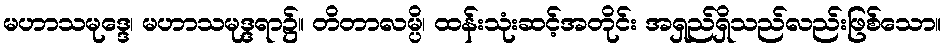
မဟာသမုဒ္ဒေ၊ မဟာသမုဒ္ဒရာ၌။ တိတာလမ္ပိ၊ ထန်းသုံးဆင့်အတိုင်း အရှည်ရှိသည်လည်းဖြစ်သော။